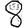
Digit: 8